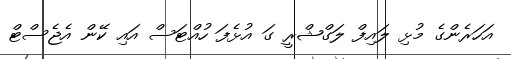
އަހަރެންގެ މުޅި ލައިފް ލަގްޝްރީ ގަ އުޅެފަ ހުއްޓަސް އައި ކޭން އެޖެސްޓް